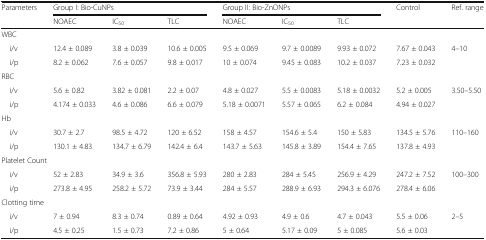
<table><thead><tr><td rowspan="2"><b>Parameters</b></td><td colspan="3"><b>Group I: Bio-CuNPs</b></td><td colspan="3"><b>Group II: Bio-ZnONPs</b></td><td><b>Control</b></td><td><b>Ref. range</b></td></tr><tr><td><b>NOAEC</b></td><td><b>IC<sub>50</sub></b></td><td><b>TLC</b></td><td><b>NOAEC</b></td><td><b>IC<sub>50</sub></b></td><td><b>TLC</b></td><td></td><td></td></tr></thead><tbody><tr><td colspan="9">WBC</td></tr><tr><td> i/v</td><td>12.4 ± 0.089</td><td>3.8 ± 0.039</td><td>10.6 ± 0.005</td><td>9.5 ± 0.069</td><td>9.7 ± 0.0089</td><td>9.93 ± 0.072</td><td>7.67 ± 0.043</td><td rowspan="2">4–10</td></tr><tr><td> i/p</td><td>8.2 ± 0.062</td><td>7.6 ± 0.057</td><td>9.8 ± 0.017</td><td>10 ± 0.074</td><td>9.45 ± 0.083</td><td>10.2 ± 0.037</td><td>7.23 ± 0.032</td></tr><tr><td colspan="9">RBC</td></tr><tr><td> i/v</td><td>5.6 ± 0.82</td><td>3.82 ± 0.081</td><td>2.2 ± 0.07</td><td>4.8 ± 0.027</td><td>5.5 ± 0.0083</td><td>5.18 ± 0.0032</td><td>5.2 ± 0.005</td><td rowspan="2">3.50–5.50</td></tr><tr><td> i/p</td><td>4.174 ± 0.033</td><td>4.6 ± 0.086</td><td>6.6 ± 0.079</td><td>5.18 ± 0.0071</td><td>5.57 ± 0.065</td><td>6.2 ± 0.084</td><td>4.94 ± 0.027</td></tr><tr><td colspan="9">Hb</td></tr><tr><td> i/v</td><td>30.7 ± 2.7</td><td>98.5 ± 4.72</td><td>120 ± 6.52</td><td>158 ± 4.57</td><td>154.6 ± 5.4</td><td>150 ± 5.83</td><td>134.5 ± 5.76</td><td rowspan="2">110–160</td></tr><tr><td> i/p</td><td>130.1 ± 4.83</td><td>134.7 ± 6.79</td><td>142.4 ± 6.4</td><td>143.7 ± 5.63</td><td>145.8 ± 3.89</td><td>154.4 ± 7.65</td><td>137.8 ± 4.93</td></tr><tr><td colspan="9">Platelet Count</td></tr><tr><td> i/v</td><td>52 ± 2.83</td><td>34.9 ± 3.6</td><td>356.8 ± 5.93</td><td>280 ± 2.83</td><td>284 ± 5.45</td><td>256.9 ± 4.29</td><td>247.2 ± 7.52</td><td rowspan="2">100–300</td></tr><tr><td> i/p</td><td>273.8 ± 4.95</td><td>258.2 ± 5.72</td><td>73.9 ± 3.44</td><td>284 ± 5.57</td><td>288.9 ± 6.93</td><td>294.3 ± 6.076</td><td>278.4 ± 6.06</td></tr><tr><td colspan="9">Clotting time</td></tr><tr><td> i/v</td><td>7 ± 0.94</td><td>8.3 ± 0.74</td><td>0.89 ± 0.64</td><td>4.92 ± 0.93</td><td>4.9 ± 0.6</td><td>4.7 ± 0.043</td><td>5.5 ± 0.06</td><td rowspan="2">2–5</td></tr><tr><td> i/p</td><td>4.5 ± 0.25</td><td>1.5 ± 0.73</td><td>7.2 ± 0.86</td><td>5 ± 0.64</td><td>5.17 ± 0.09</td><td>5 ± 0.085</td><td>5.6 ± 0.03</td></tr></tbody></table>